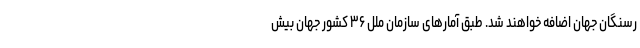
رسنگان جهان اضافه خواهند شد. طبق آمارهای سازمان ملل ۳۶ کشور جهان بیش